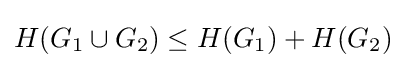
H(G_{1}\cup G_{2})\leq H(G_{1})+H(G_{2})